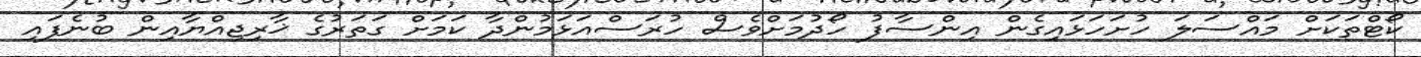
ކޯޓްތަކަށް މައްސަލަ ހުށަހަޅައިގެން އިންސާފު ހޯދުމަށްވެސް ހުރަސްއަޅަމުންދާ ކަމަށް ގަތަރުގެ ޚާރިޖިއްޔާއިން ބުނެފައި